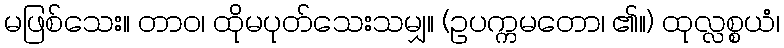
မဖြစ်သေး။ တာဝ၊ ထိုမပုတ်သေးသမျှ။ (ဥပက္ကမတော၊ ၏။) ထုလ္လစ္စယံ၊